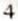
4